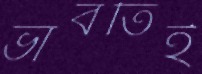
ভাবতিই